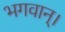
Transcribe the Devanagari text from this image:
भगवान्‌।